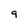
Character: 9